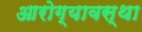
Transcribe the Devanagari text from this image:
आरोग्यावस्था